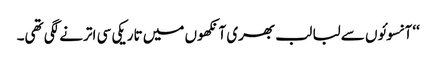
‘‘ آنسوئوں سے لبا لب بھری آنکھوں میں تاریکی سی اترنے لگی تھی۔